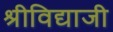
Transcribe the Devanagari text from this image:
श्रीविद्याजी